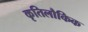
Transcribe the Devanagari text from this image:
कृतिलौकिक